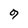
Character: 9